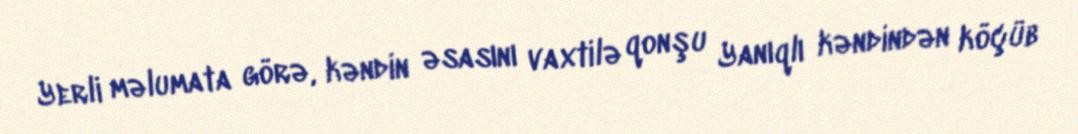
Yerli məlumata görə, kəndin əsasını vaxtilə qonşu Yanıqlı kəndindən köçüb